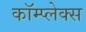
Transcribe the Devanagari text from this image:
कॉम्‍प्‍लेक्‍स